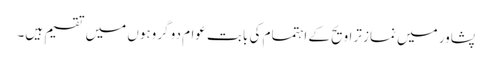
پشاور میں نماز تراویح کے اہتمام کی بابت عوام دو گروہوں میں تقسیم ہیں۔